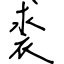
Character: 裘